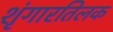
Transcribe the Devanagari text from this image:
शृंगारतिलक